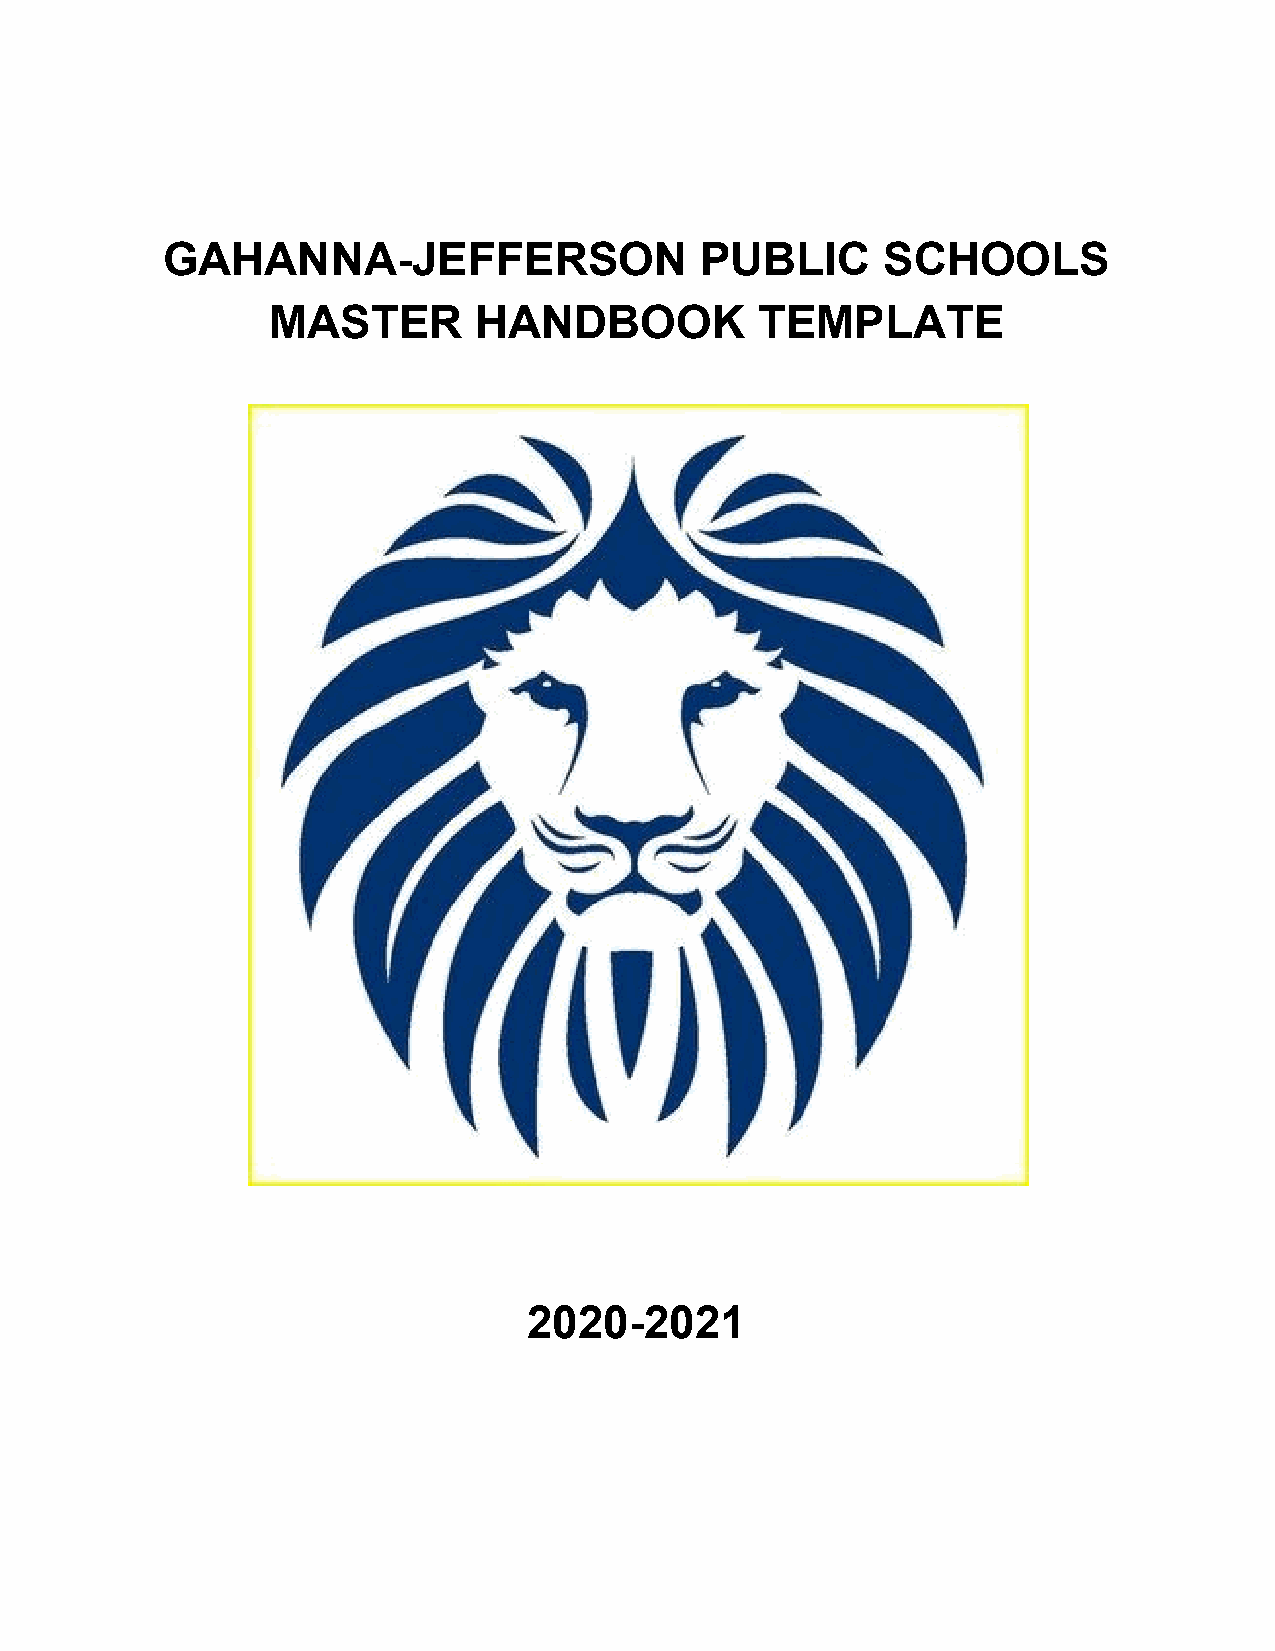
GAHANNA-JEFFERSON                  PUBLIC      SCHOOLS
 MASTER       HANDBOOK           TEMPLATE
 2020-2021